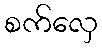
စက်လှေ